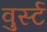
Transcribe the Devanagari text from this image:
वुर्स्ट